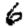
Digit: 6